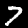
Label: 7